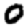
Digit: 0